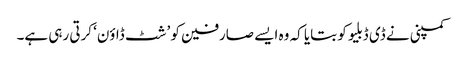
کمپنی نے ڈی ڈبلیو کو بتایا کہ وہ ایسے صارفین کو ’شٹ ڈاؤن‘ کرتی رہی ہے۔